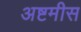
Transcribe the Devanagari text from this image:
अष्टमीस